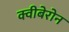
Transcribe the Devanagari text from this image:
क्वीबेरोन